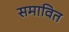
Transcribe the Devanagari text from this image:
समावित